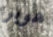
هوبر